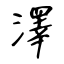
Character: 澤